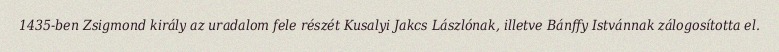
1435-ben Zsigmond király az uradalom fele részét Kusalyi Jakcs Lászlónak, illetve Bánffy Istvánnak zálogosította el.